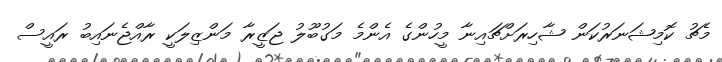
މެޗު ކޮމިޝަނަރުކަން ޝާހިރަށްޗައިނާ މީހުންގެ އެންމެ މަގުބޫލު ޖަޒީރާ މަންޒިލަކީ ރާއްޖެނައިބު ރައީސް